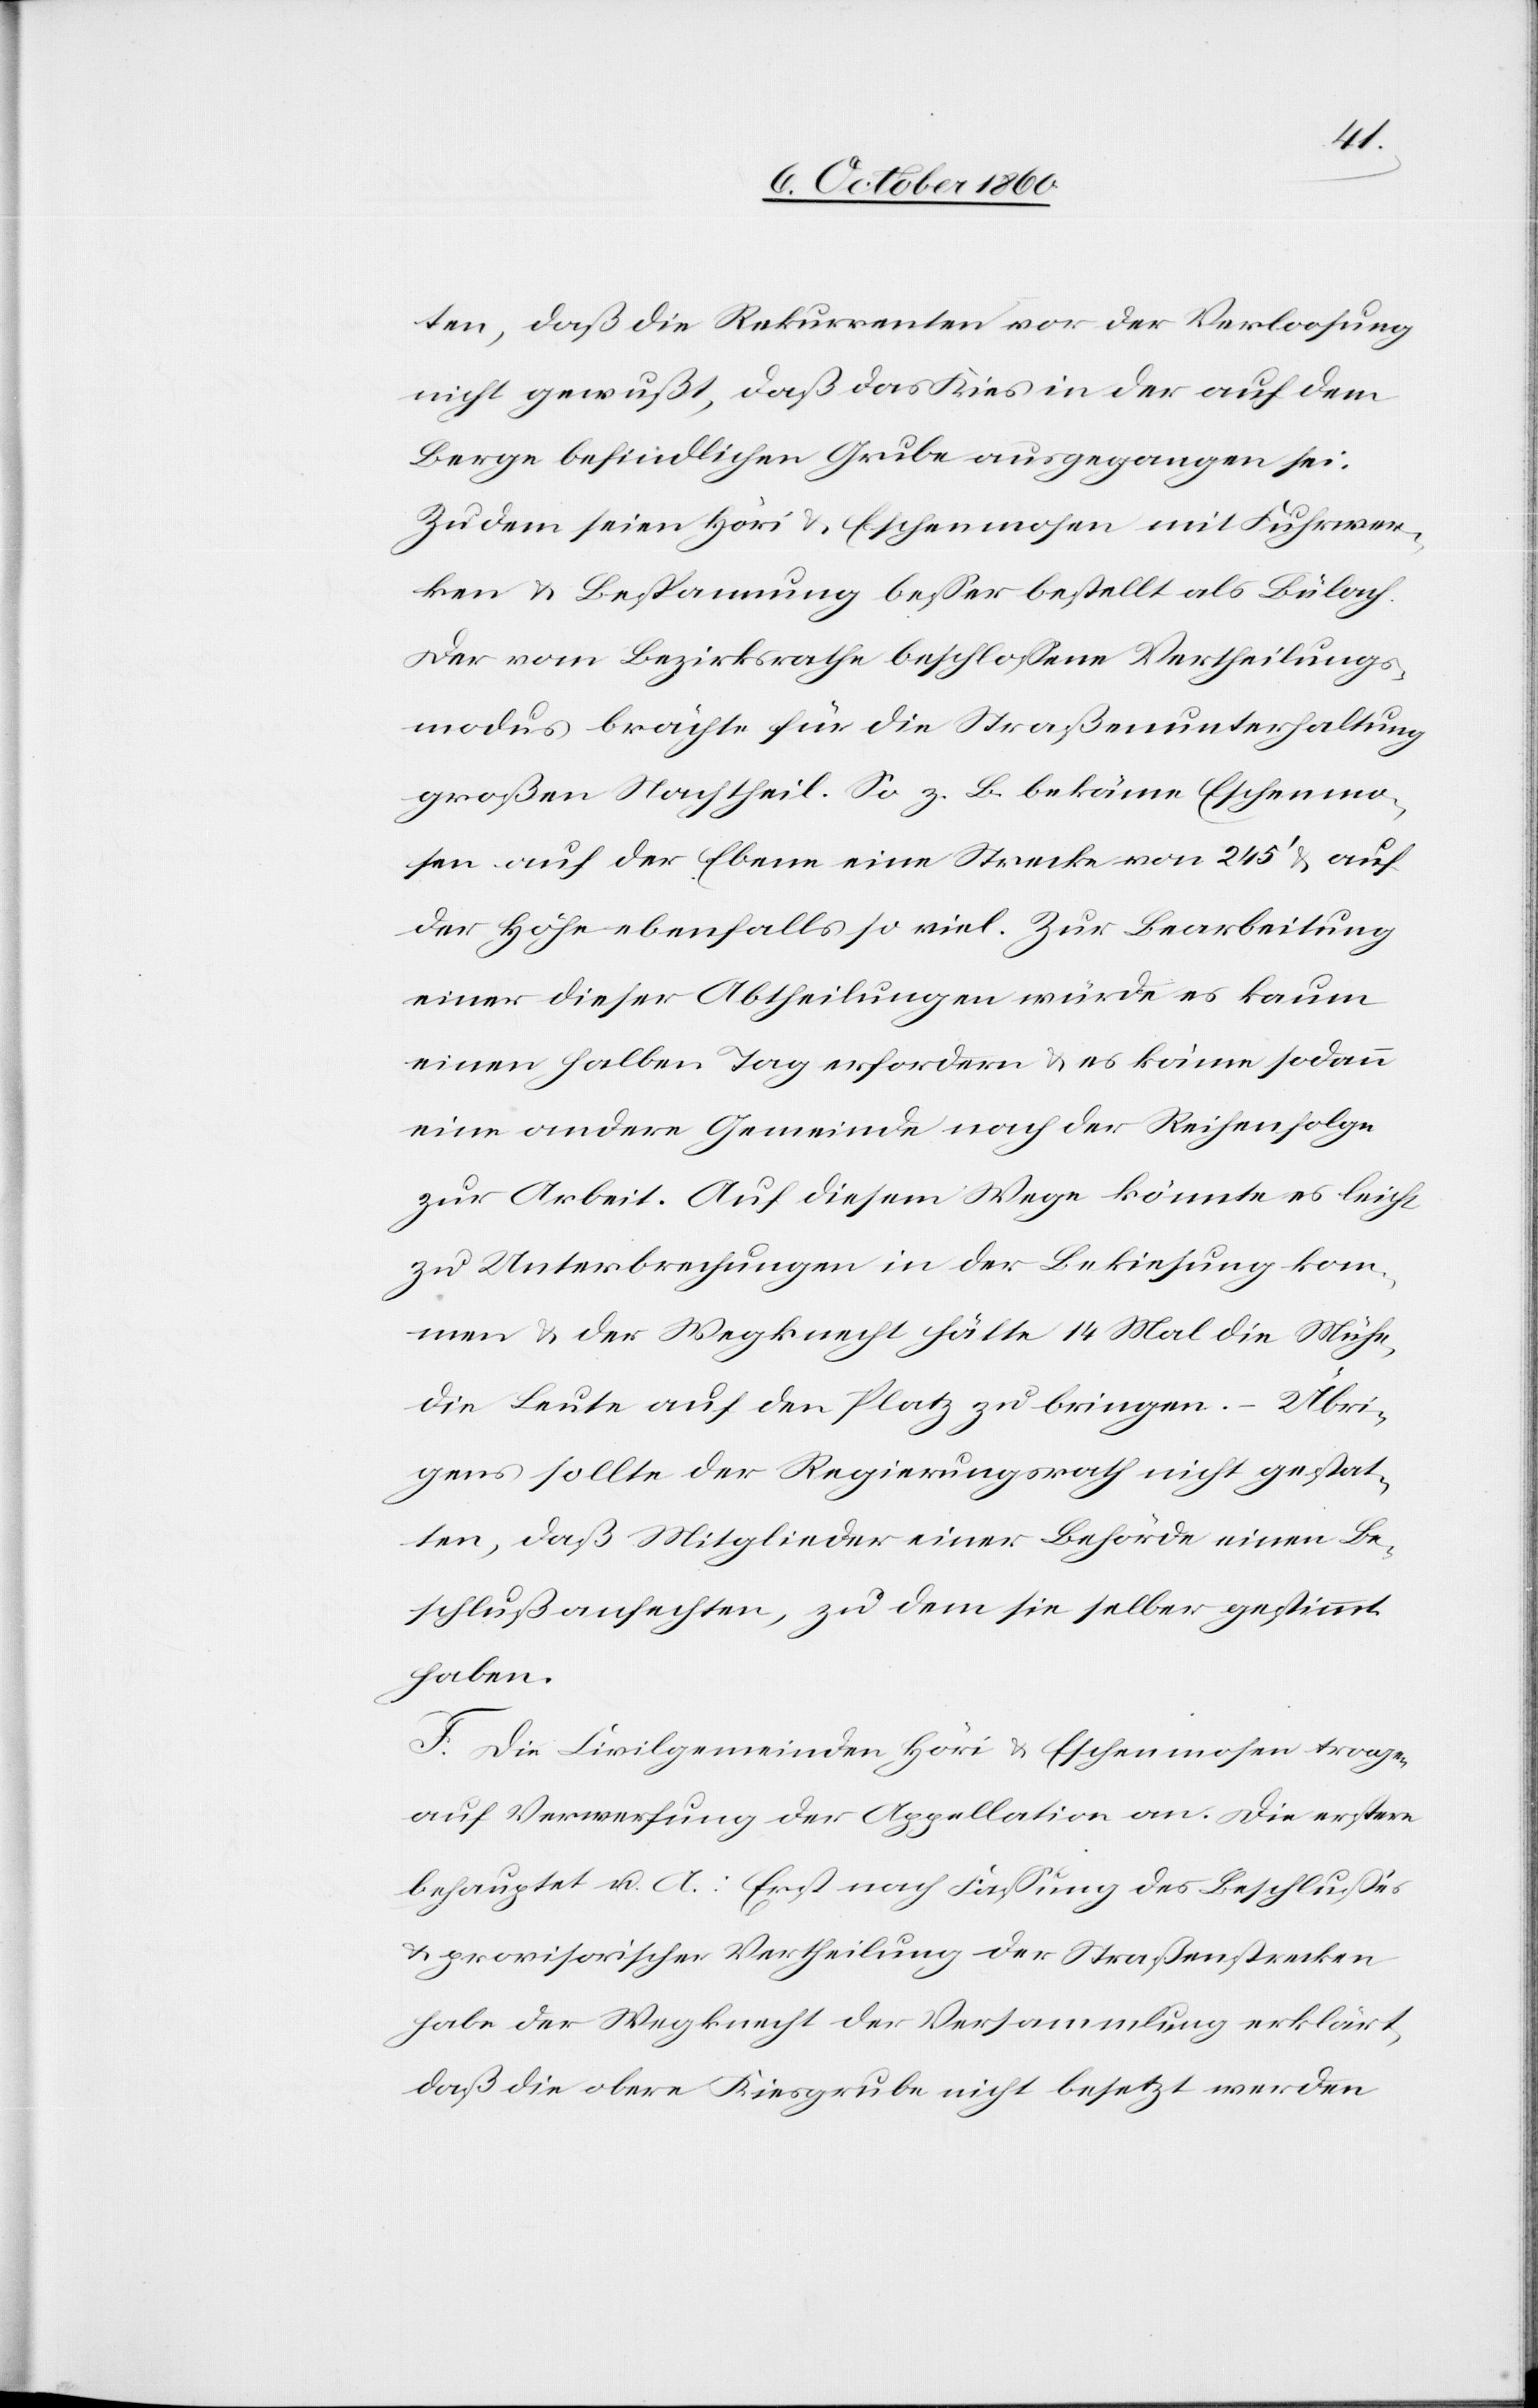
ten, daß die Rekurrenten vor der Verloosung
nicht gewußt, daß das Kies in der auf dem
Berge befindlichen Grube ausgegangen sei.
Zudem seien Höri u. Eschenmosen mit Fuhrwer¬
ken u. Bespannung besser bestellt als Bülach.
Der vom Bezirksrathe beschlossene Vertheilungs¬
modus brächte für die Straßenunterhaltung
großen Nachtheil. So z. B. bekäme Eschenmo¬
sen auf der Ebene eine Strecke von 245’ u. auf
der Höhe ebenfalls so viel. Zur Bearbeitung
einer dieser Abtheilungen würde es kaum
einen halben Tag erfordern u. es käme sodann
eine andere Gemeinde nach der Reihenfolge
zur Arbeit. Auf diesem Wege könnte es leicht
zu Unterbrechungen in der Bekiesung kom¬
men u. der Wegknecht hätte 14 Mal die Mühe,
die Leute auf den Platz zu bringen. – Übri¬
gens sollte der Regierungsrath nicht gestat¬
ten, daß Mitglieder einer Behörde einen Be¬
schluß anfechten, zu dem sie selber gestimmt
haben.
F. Die Civilgemeinden Höri u. Eschenmosen tragen
auf Verwerfung der Appellation an. Die erstere
behauptet u. A.: Erst nach Fassung des Beschlusses
u. provisorischer Vertheilung der Straßenstrecken
habe der Wegknecht der Versammlung erklärt,
daß die obere Kiesgrube nicht besetzt werden